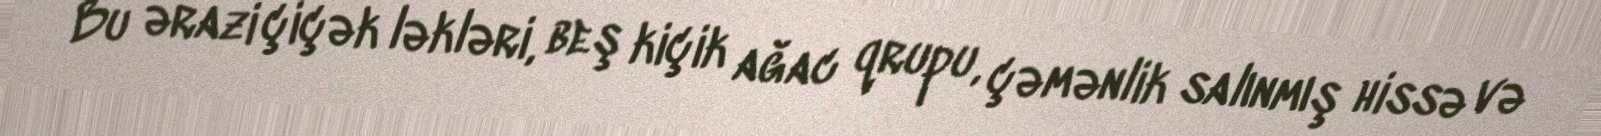
Bu ərazi çiçək ləkləri, beş kiçik ağac qrupu, çəmənlik salınmış hissə və